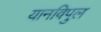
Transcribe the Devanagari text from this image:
यानविपुल